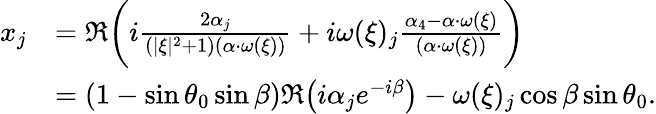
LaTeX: \begin{array}{rl}{x_{j}}&{=\Re\bigg(i\frac{2\alpha_{j}}{(|\xi|^{2}+1)(\alpha\cdot\omega(\xi))}+i\omega(\xi)_{j}\frac{\alpha_{4}-\alpha\cdot\omega(\xi)}{(\alpha\cdot\omega(\xi))}\bigg)}\\ &{=(1-\sin\theta_{0}\sin\beta)\Re\big(i\alpha_{j}e^{-i\beta}\big)-\omega(\xi)_{j}\cos\beta\sin\theta_{0}.}\end{array}